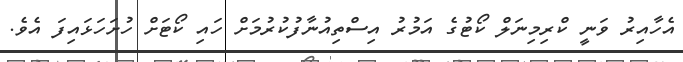
އެހާއިރު ވަނީ ކްރިމިނަލް ކޯޓުގެ އަމުރު އިސްތިއުނާފުކުރުމަށް ހައި ކޯޓަށް ހުށަހަޅައިފަ އެވެ.